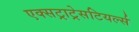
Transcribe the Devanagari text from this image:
एक्सट्राट्रेसटियर्ल्स